Lunatic asylums Madras 1877-1891 - 1877-1891
Year: 1877
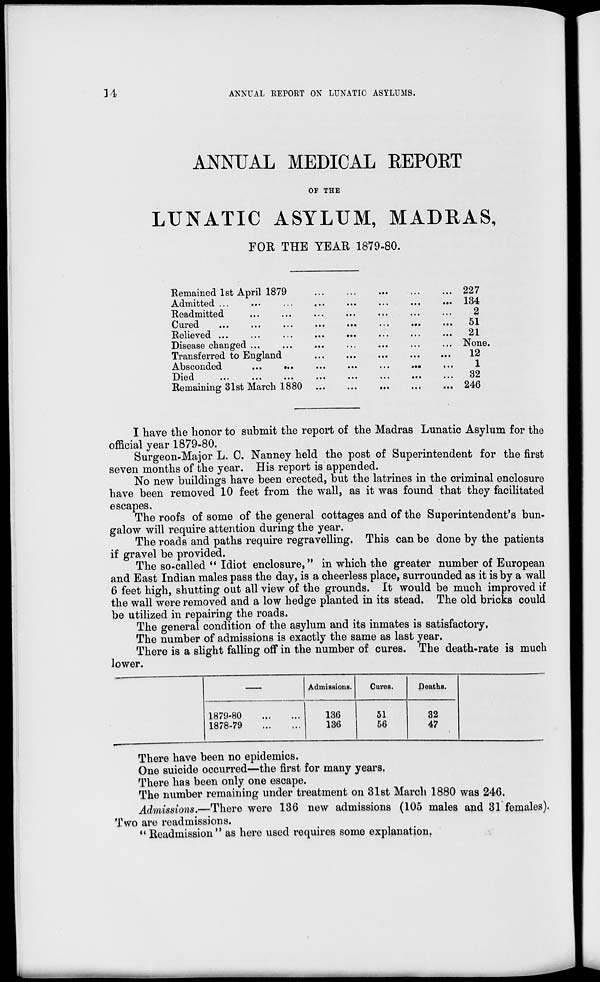
14
ANNUAL REPORT ON LUNATIC ASYLUMS.
ANNUAL MEDICAL REPORT
OF THE
LUNATIC ASYLUM, MADRAS,
FOR THE YEAR 1879-80.
Remained 1st April 1879 ... ... ... ... ...
Admitted ... ... ... ... ... ... ... ...
Readmitted ... ... ... ... ... ... ... ...
Cured ... ... ... ... ... ... ... ...
Relieved ... ... ... ... ... ... ... ...
Disease changed ... ... ... ... ... ... ...
Transferred to England ... ... ... ... ...
Absconded ... ... ... ... ... ... ...
Died ... ... ... ... ... ... ... ...
Remaining 31st March 1880 ... ... ... ... ...
227
134
2
51
21
None.
12
1
32
246
I have the honor to submit the report of the Madras Lunatic Asylum for the
official year 1879-80.
Surgeon-Major L. C. Nanney held the post of Superintendent for the first
seven months of the year. His report is appended.
No new buildings have been erected, but the latrines in the criminal enclosure
have been removed 10 feet from the wall, as it was found that they facilitated
escapes.
The roofs of some of the general cottages and of the Superintendent's bun-
galow will require attention during the year.
The roads and paths require regravelling. This can be done by the patients
if gravel be provided.
The so-called "Idiot enclosure," in which the greater number of European
and East Indian males pass the day, is a cheerless place, surrounded as it is by a wall
6 feet high, shutting out all view of the grounds. It would be much improved if
the wall were removed and a low hedge planted in its stead. The old bricks could
be utilized in repairing the roads.
The general condition of the asylum and its inmates is satisfactory.
The number of admissions is exactly the same as last year.
There is a slight falling off in the number of cures. The death-rate is much
lower.
—
1879-80 ... ...
1878-79 ... ...
Admissions.
136
136
Cures.
51
56
Deaths.
32
47
There have been no epidemics.
One suicide occurred—the first for many years,
There has been only one escape.
The number remaining under treatment on 31st March 1880 was 246.
Admissions.—There were 136 new admissions (105 males and 31 females).
Two are readmissions.
"Readmission" as here used requires some explanation,